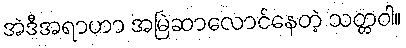
အဲဒီအရာဟာ အမြဲဆာလောင်နေတဲ့ သတ္တဝါ။